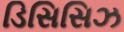
ડિસિસિઝ